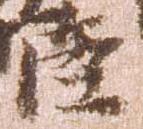
臣